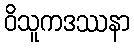
ဝိသူကဒဿနာ